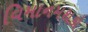
વિમાનમથકો